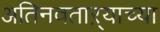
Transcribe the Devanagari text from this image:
अतिनवताऱ्याच्या